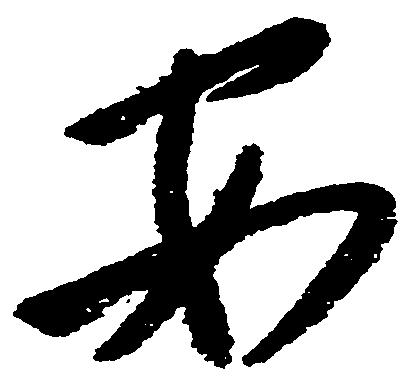
安